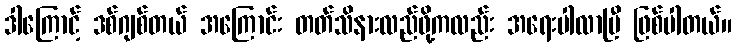
ဒါကြောင့် ဒစ်ဂျစ်တယ် အကြောင်း တတ်သိနားလည်ဖို့ကလည်း အရေးပါလာပြီ ဖြစ်ပါတယ်။